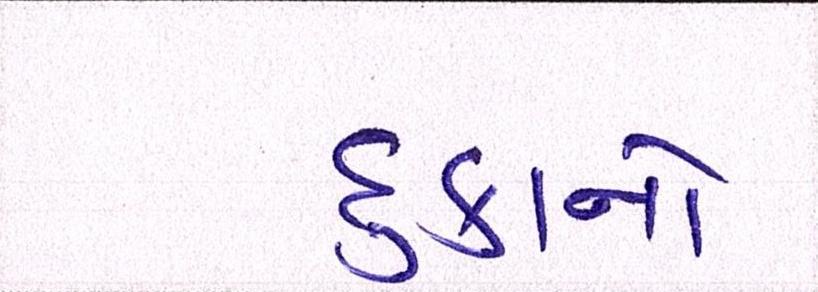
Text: દુકાનો